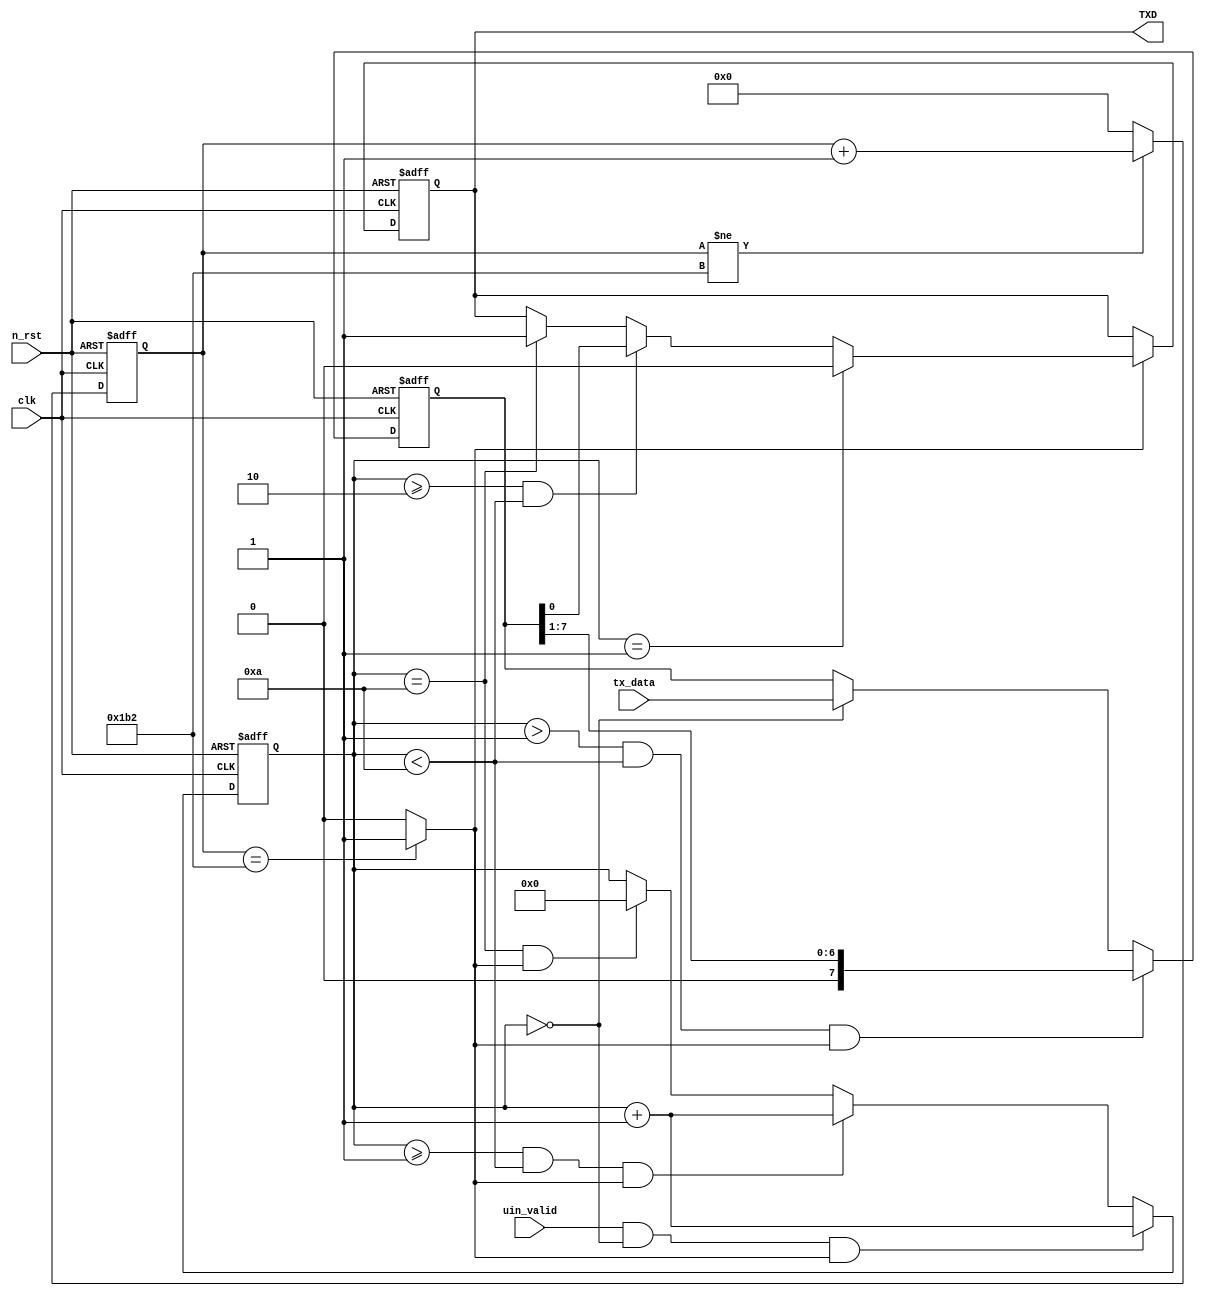
module tx (
    input clk,
    input n_rst,
    input [7:0] tx_data,
    input uin_valid,
    output reg TXD
);

reg [8:0] baud_cnt; // baud rate = 115200, 50MHz, 434 count
reg [3:0] tx_cnt;
reg [7:0] data;
wire txen;

always @(posedge clk or negedge n_rst)
    if(!n_rst)
        baud_cnt <= 9'h0;
    else
        baud_cnt <= (baud_cnt != 9'h1B2)? baud_cnt + 9'b1 : 9'h0;

assign txen = (baud_cnt == 9'h1B2)? 1'b1 : 1'b0;

always @(posedge clk or negedge n_rst)
    if(!n_rst)
        tx_cnt <= 4'h0;
    else if((uin_valid == 1'b1) && (tx_cnt == 4'b0) && txen == 1'b1)
        tx_cnt <= tx_cnt + 4'b1;
    else if((tx_cnt >= 4'b1) && (tx_cnt < 4'hA) && (txen == 1'b1))
        tx_cnt <= tx_cnt + 4'b1;
    else if((tx_cnt == 4'hA) && (txen == 1'b1))
        tx_cnt <= 4'h0;

always @(posedge clk or negedge n_rst)
    if(!n_rst)
        data <= 8'h0;
    else begin
        if((tx_cnt > 4'h1) && (tx_cnt < 4'hA) && (txen == 1'b1))
            data <= {1'b0, data[7:1]};
        else if(tx_cnt == 4'h0)
            data <= tx_data;
    end

always @(posedge clk or negedge n_rst)
    if(!n_rst)
        TXD <= 1'b1;
    else begin
        if(txen == 1'b1) begin // start
            if(tx_cnt == 4'h1)
                TXD <= 1'b0;
            else if((tx_cnt >= 4'h2) && (tx_cnt < 4'hA)) // LSB ~ MSB
                TXD <= data[0];
            else if(tx_cnt == 4'hA) // STOP
                TXD <= 1'b1;
        end
    end
// no include parity bit

endmodule